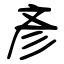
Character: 彥